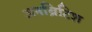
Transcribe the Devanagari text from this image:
अनब्रिटिश